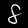
Label: 8